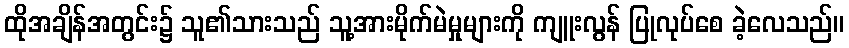
ထိုအချိန်အတွင်း၌ သူ၏သားသည် သူ့အားမိုက်မဲမှုများကို ကျူးလွန် ပြုလုပ်စေ ခဲ့လေသည်။